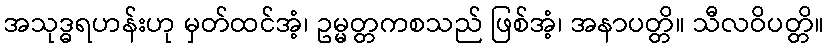
အသုဒ္ဓရဟန်းဟု မှတ်ထင်အံ့၊ ဥမ္မတ္တကစသည် ဖြစ်အံ့၊ အနာပတ္တိ။ သီလဝိပတ္တိ။